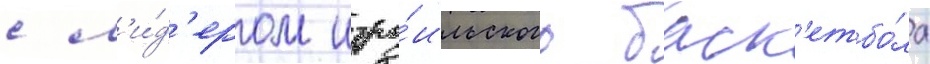
с л'и́д'ером изра́ильского баск'етбо́ла